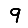
Digit: 9